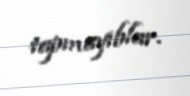
tapmayıblar.